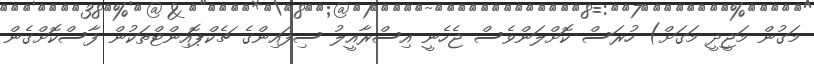
މަގުން މަޖީދީ މަގަށް) ހުރަސް ކޮށްލަންވެސް ޖެހެނީ އިސްރާއީލު ސިފައިންގެ ޗެކްޕޮއިންޓްތަކުން ފާސްކޮށްގެން